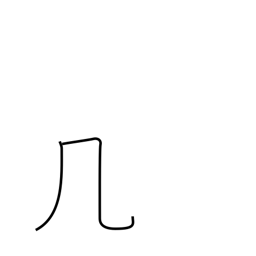
Meaning: table or windy radical (no. 16)